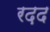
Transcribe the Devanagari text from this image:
रद़द